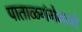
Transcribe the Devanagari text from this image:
पाताळगंगेमध्ये